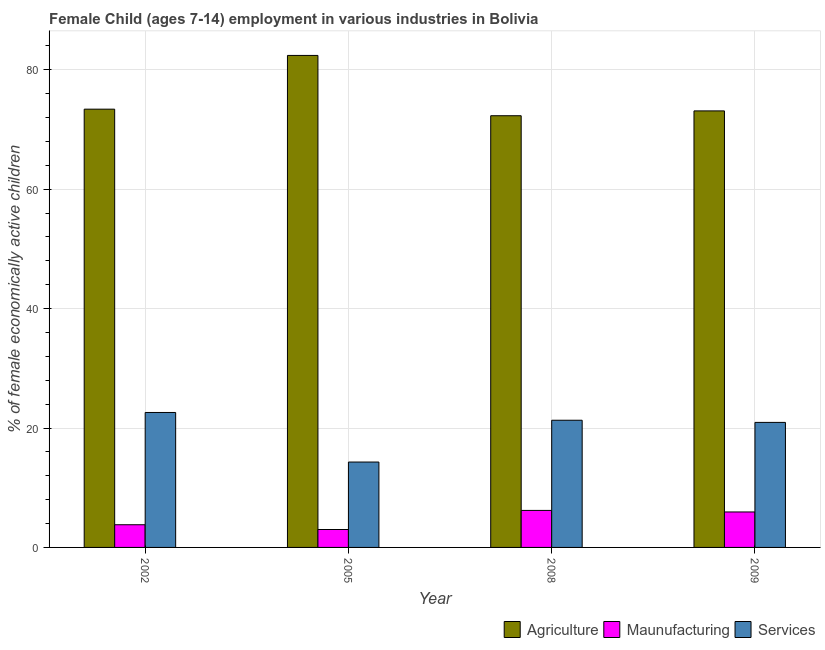
| Year | Agriculture | Maunufacturing | Services |
 | --- | --- | --- | --- |
 | 2002 | 73.4 | 3.8 | 22.6 |
 | 2005 | 82.4 | 3 | 14.3 |
 | 2008 | 72.3 | 6.2 | 21.3 |
 | 2009 | 73.1 | 5.94 | 20.9 |